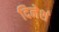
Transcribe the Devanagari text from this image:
दिनेशं